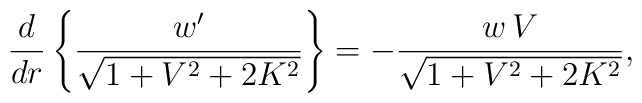
\frac{d}{d r}\left\{\frac {w'}{\sqrt {1+V^2+2K^2}}\right\}= -\frac {w\,V}{\sqrt {1+V^2+2K^2}},